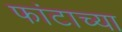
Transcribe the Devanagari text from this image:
फांटाच्या